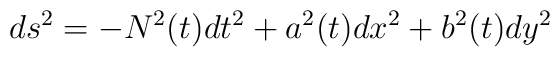
ds^2 =- N^2 (t) dt^2+a^2 (t) dx^2+b^2 (t) dy^2